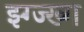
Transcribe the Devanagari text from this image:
झ्ग्ज्ख्ग